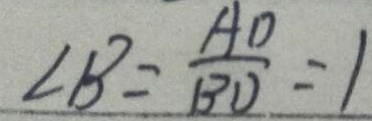
\angle B = \frac { A D } { B D } = 1